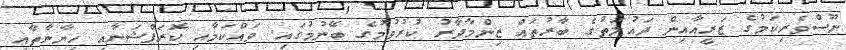
ނޫސްވެރިކަމުގެ ޒަރީއާއިން ދައުލަތުގެ ބާރުތައް ޒިންމާދާރު ކުރުވުމުގެ ބޭނުމުގައި. ވައްކަމާއި ކޮރަޕްޝަނާއި ހިޔާނާތާއި